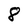
Character: 8